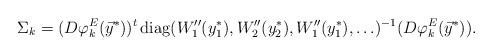
LaTeX: \begin{align*} \Sigma_k = (D\varphi_k^{E}(\vec{y}^*))^t \operatorname{diag}(W_1''(y_1^*), W_2''(y_2^*), W_1''(y_1^*), \ldots)^{-1}(D\varphi_k^{E}(\vec{y}^*)). \end{align*}